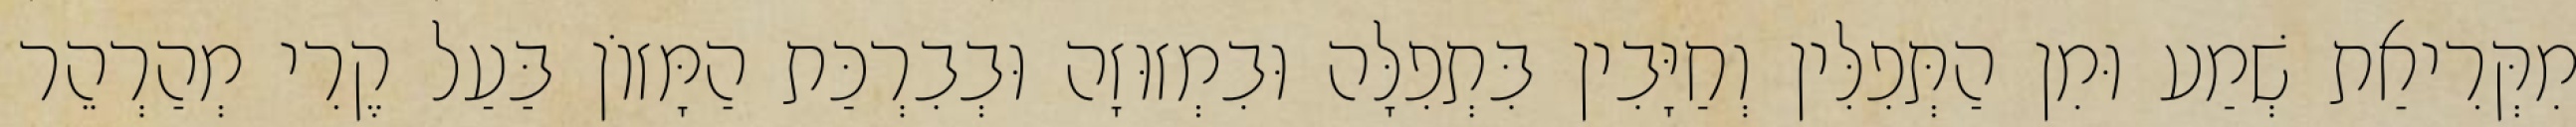
מִקְּרִיאַת שְׁמַע וּמִן הַתְּפִלִּין וְחַיָּבִין בִּתְפִלָּה וּבִמְזוּזָה וּבְבִרְכַּת הַמָּזוֹן בַּעַל קֶרִי מְהַרְהֵר